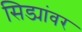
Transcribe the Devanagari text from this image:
सिड्यांवर